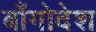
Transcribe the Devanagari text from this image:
बाँगोदेश